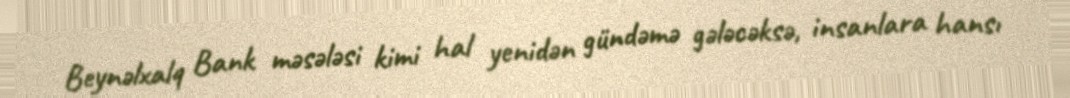
Beynəlxalq Bank məsələsi kimi hal yenidən gündəmə gələcəksə, insanlara hansı